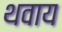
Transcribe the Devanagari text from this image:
थवाय